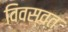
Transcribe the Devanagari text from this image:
विवस्वत